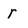
Character: r